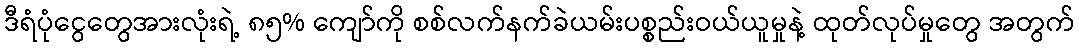
ဒီရံပုံငွေတွေအားလုံးရဲ့ ၈၅% ကျော်ကို စစ်လက်နက်ခဲယမ်းပစ္စည်းဝယ်ယူမှုနဲ့ ထုတ်လုပ်မှုတွေ အတွက်